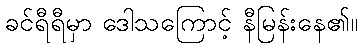
ခင်ရီရီမှာ ဒေါသကြောင့် နီမြန်းနေ၏။